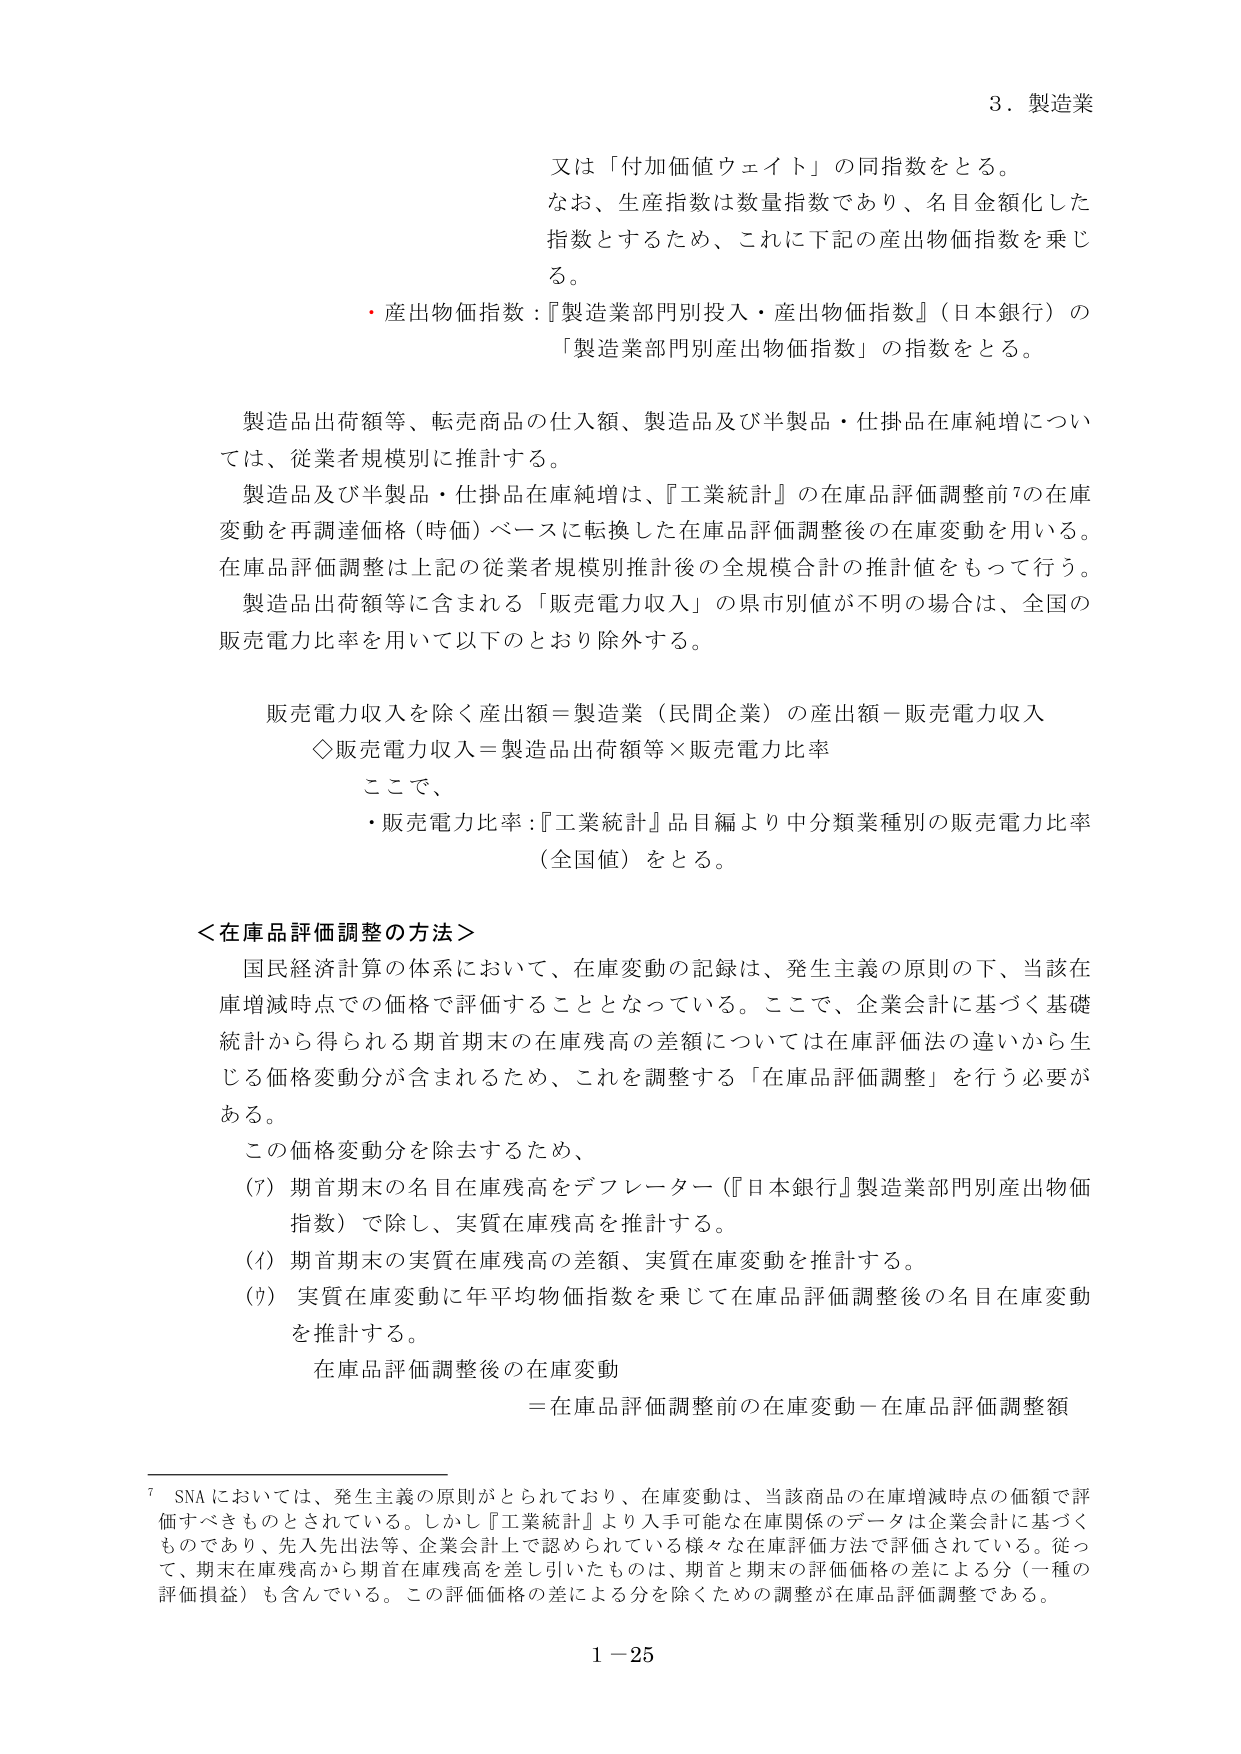
3．製造業

又は「付加価値ウェイト」の同指数をとる。
なお、生産指数は数量指数であり、名目金額化した
指数とするため、これに下記の産出物価指数を乗じ
る。
・産出物価指数：『製造業部門別投入・産出物価指数』（日本銀行）の
「製造業部門別産出物価指数」の指数をとる。

製造品出荷額等、転売商品の仕入額、製造品及び半製品・仕掛品在庫純増につい
ては、従業者規模別に推計する。
製造品及び半製品・仕掛品在庫純増は、『工業統計』の在庫品評価調整前7の在庫
変動を再調達価格（時価）ベースに転換した在庫品評価調整後の在庫変動を用いる。
在庫品評価調整は上記の従業者規模別推計後の全規模合計の推計値をもって行う。
製造品出荷額等に含まれる「販売電力収入」の県市別値が不明の場合は、全国の
販売電力比率を用いて以下のとおり除外する。

販売電力収入を除く産出額＝製造業（民間企業）の産出額－販売電力収入
◇販売電力収入＝製造品出荷額等×販売電力比率
ここで、
・販売電力比率：『工業統計』品目編より中分類業種別の販売電力比率
（全国値）をとる。

＜在庫品評価調整の方法＞
国民経済計算の体系において、在庫変動の記録は、発生主義の原則の下、当該在
庫増減時点での価格で評価することとなっている。ここで、企業会計に基づく基礎
統計から得られる期首期末の在庫残高の差額については在庫評価法の違いから生
じる価格変動分が含まれるため、これを調整する「在庫品評価調整」を行う必要が
ある。
この価格変動分を除去するため、
(ｱ) 期首期末の名目在庫残高をデフレーター（『日本銀行』製造業部門別産出物価
指数）で除し、実質在庫残高を推計する。
(ｲ) 期首期末の実質在庫残高の差額、実質在庫変動を推計する。
(ｳ) 実質在庫変動に年平均物価指数を乗じて在庫品評価調整後の名目在庫変動
を推計する。
在庫品評価調整後の在庫変動
＝在庫品評価調整前の在庫変動－在庫品評価調整額

7 SNA においては、発生主義の原則がとられており、在庫変動は、当該商品の在庫増減時点の価額で評
価すべきものとされている。しかし『工業統計』より入手可能な在庫関係のデータは企業会計に基づく
ものであり、先入先出法等、企業会計上で認められている様々な在庫評価方法で評価されている。従っ
て、期末在庫残高から期首在庫残高を差し引いたものは、期首と期末の評価価格の差による分（一種の
評価損益）も含んでいる。この評価価格の差による分を除くための調整が在庫品評価調整である。

1－25